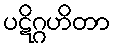
ပဋိဂ္ဂဟိတာ